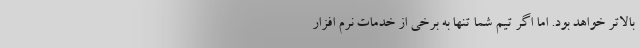
بالاتر خواهد بود. اما اگر تیم شما تنها به برخی از خدمات نرم افزار